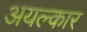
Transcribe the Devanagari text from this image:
अयल्कार